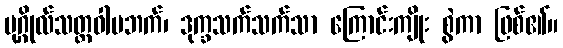
ပုဂ္ဂိုလ်သတ္တဝါမဘက်၊ ဒုက္ခသက်သက်သာ ကြောင်းကျိုး စွဲကာ ဖြစ်၏။